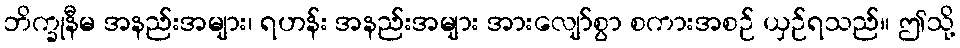
ဘိက္ခုနီမ အနည်းအများ၊ ရဟန်း အနည်းအများ အားလျော်စွာ စကားအစဉ် ယှဉ်ရသည်။ ဤသို့